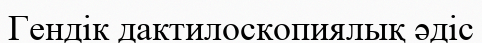
Гендік дактилоскопиялық әдіс